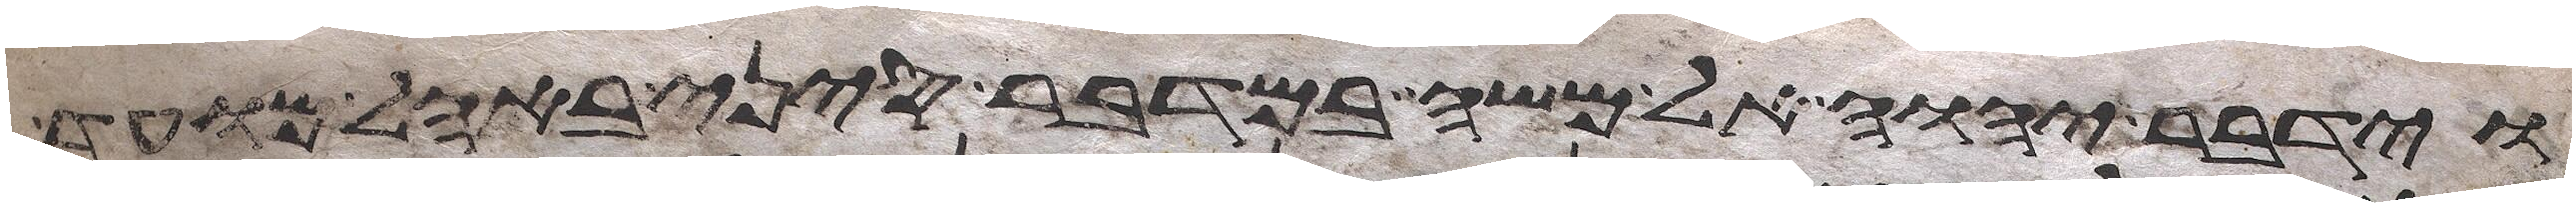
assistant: וידבר יהוה אל משה במדבר סיני באהל מועד